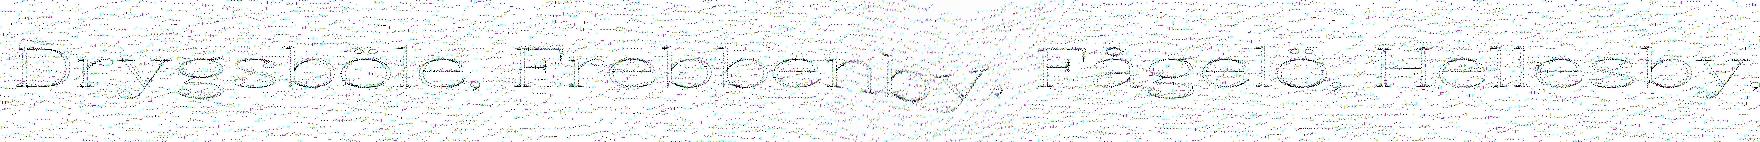
Drygsböle, Frebbenby, Fågelö, Hellesby,